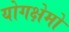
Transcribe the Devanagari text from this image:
योगक्षेमो